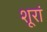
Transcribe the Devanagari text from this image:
शूरां